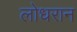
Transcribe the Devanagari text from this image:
लोधरान